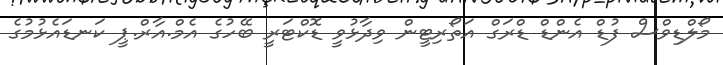
މޯލްޑިވްސް ފުޑް އެންޑް ޑްރަގް އަތޯރިޓީން ވިދާޅުވީ ޑޮކްޓަރީ ބޭހުގެ އެމް.އާރް.ޕީ ކަނޑައެޅުމުގެ